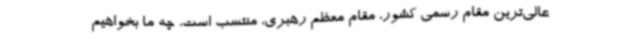
عالی‌ترین مقام رسمی کشور، مقام معظم رهبری، منتسب است، چه ما بخواهیم